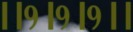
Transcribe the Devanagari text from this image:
।।१।१।१।।